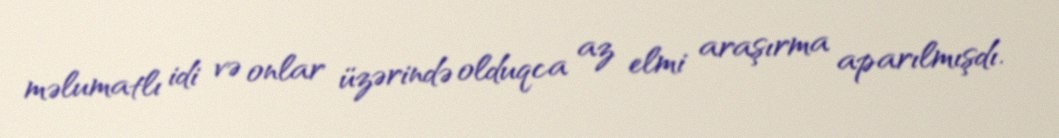
məlumatlı idi və onlar üzərində olduqca az elmi araşırma aparılmışdı.